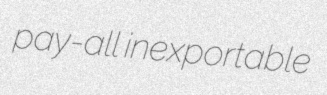
pay-all inexportable